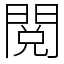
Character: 閲